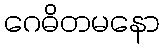
ဂေဓိတမနော